Lunatic asylums Central Provinces reports 1910-1926 - 1910-1926
Year: 1910
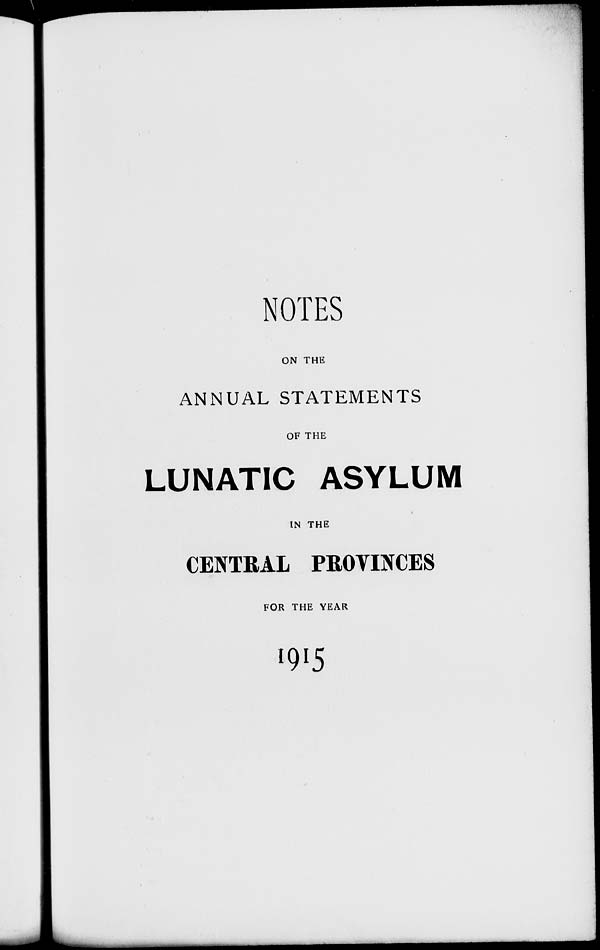
NOTES
ON THE
ANNUAL STATEMENTS
OF THE
LUNATIC ASYLUM
IN THE
CENTRAL PROVINCES
FOR THE YEAR
1915